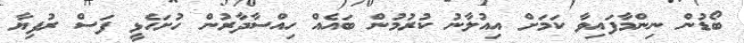
ބޯޑުން ނިންމާފައިވާ ކަމަށް އިއުލާނު ކުރުމުން ބައެއް ހިއްސާދާރުން ހުށަހެޅީ ފަސް ރުފިޔާ